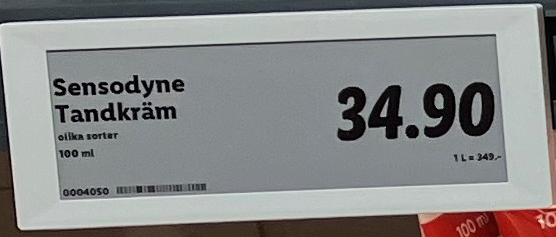
Vara: Sensodyne tandkräm
Genomsnittspris: 349 per L